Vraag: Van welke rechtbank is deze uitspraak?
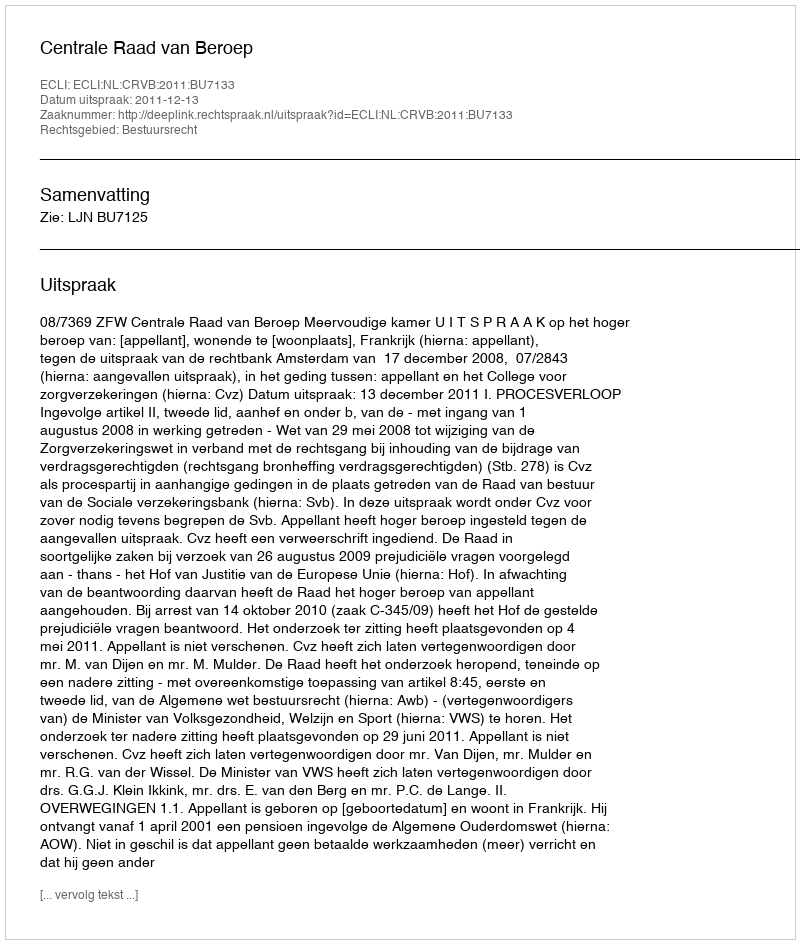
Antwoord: Centrale Raad van Beroep